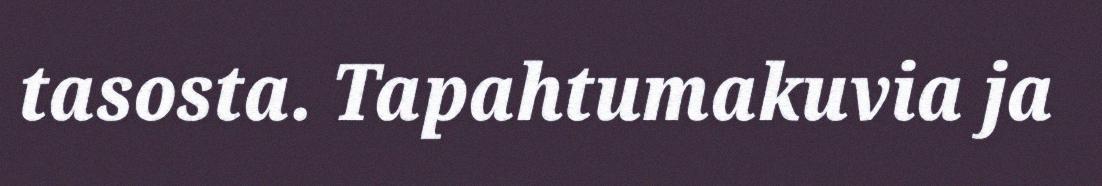
tasosta. Tapahtumakuvia ja